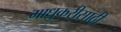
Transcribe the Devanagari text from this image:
माधुकरीसाठी